Scottish Leaving Certificate Examination, 1951
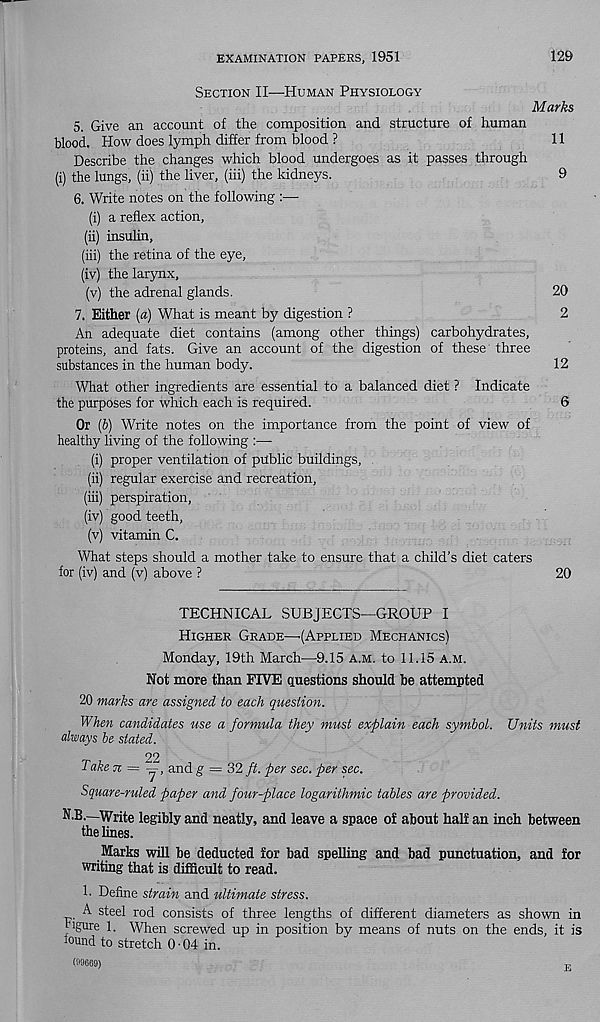
EXAMINATION PAPERS, 1951
129
Section II—Human Physiology
Marks
5. Give an account of the composition and structure of human
blood. How does lymph differ from blood ?
11
Describe the changes which blood undergoes as it passes through
(i) the lungs, (ii) the liver, (iii) the kidneys.
9
6. Write notes on the following :—
(i) a reflex action,
(ii) insulin,
(iii) the retina of the eye,
(iv) the larynx.
(v) the adrenal glands.
20
7. Either [a) What is meant by digestion ?
2
An adequate diet contains (among other things) carbohydrates,
proteins, and fats. Give an account of the digestion of these three
substances in the human body.
12
What other ingredients are essential to a balanced diet ? Indicate
the purposes for which each is required.
6
Or (6) Write notes on the importance from the point of view of
healthy living of the following :—
(i) proper ventilation of public buildings,
(ii) regular exercise and recreation,
(iii) perspiration,
(iv) good teeth,
(v) vitamin C.
What steps should a mother take to ensure that a child’s diet caters
for (iv) and (v) above ?
20
TECHNICAL SUBJECTS—GROUP I
Higher Grade—’(Applied Mechanics)
Monday, 19th March—9.15 a.m. to 11.15 a.m.
Not more than FIVE questions should be attempted
20 marks are assigned to each question.
When candidates use a formula they must explain each symbol. Units must
always be stated.
22
Take n =
and g = 32 ft. per sec. per sec.
Square-ruled paper and four-place logarithmic tables are provided.
N.B.—Write legibly and neatly, and leave a space of about half an inch between
the lines.
Marks will be deducted for bad spelling and bad punctuation, and for
writing that is difficult to read.
1. Define strain and ultimate stress.
A steel rod consists of three lengths of different diameters as shown in
tigure 1. When screwed up in position by means of nuts on the ends, it is
round to stretch 0-04 in.